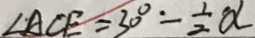
\angle A C E = 3 0 ^ { \circ } - \frac { 1 } { 2 } \alpha